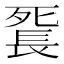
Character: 𨱼